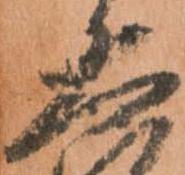
大